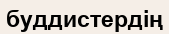
буддистердің